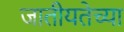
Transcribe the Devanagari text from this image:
जातीयतेच्या